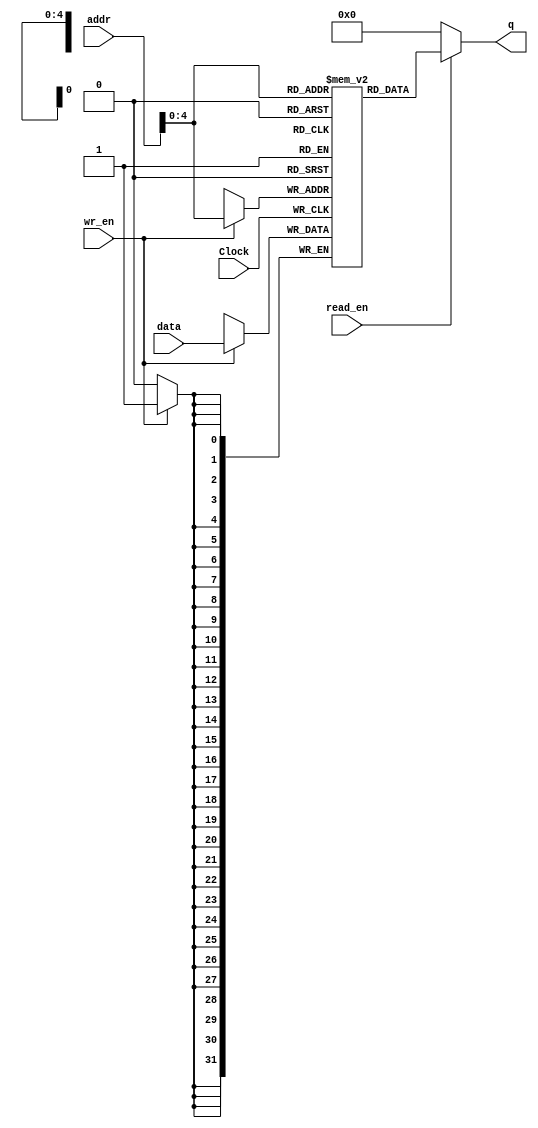
module data_memory (addr, data, wr_en, read_en, Clock, q);
  input [31:0] addr; 
  input [31:0] data;
  input wr_en, Clock, read_en;
  output [31:0] q;

  reg [31:0] Mem [0:31];

  integer i;
  
  initial begin
    for(i = 0; i < 32;i = i+1)
      Mem[i] = 32'b0;
  end

  assign q = (read_en)? Mem[addr]:32'b0;

  always @(posedge Clock)
    begin
      if (wr_en) 
		Mem[addr] <= data;
    end
endmodule